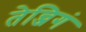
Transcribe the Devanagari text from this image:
तेन्जिगं